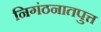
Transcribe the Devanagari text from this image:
निगंठनातपुत्त